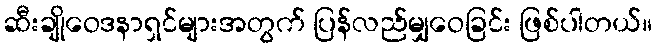
ဆီးချိုဝေဒနာရှင်များအတွက် ပြန်လည်မျှဝေခြင်း ဖြစ်ပါတယ်။